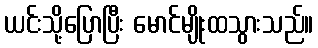
ယင်းသို့ပြောပြီး မောင်မျိုးထသွားသည်။